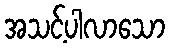
အသင့်ပါလာသော